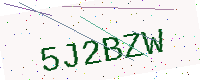
Text: 5J2BZW